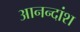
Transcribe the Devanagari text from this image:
आनन्दांश